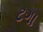
ટગા